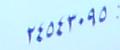
٢ ٤ ٥ ٤ ٣ . ٩ ٥